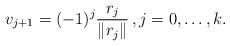
LaTeX: \begin{align*}v_{j+1}=(-1)^{j}\frac{r_{j}}{\|r_{j}\|}\,,j=0,\dots,k.\end{align*}